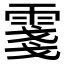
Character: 𲉺